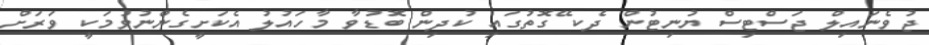
ޖުވެނައިލް ޖަސްޓިސް ޔުނިޓުން ދެކ ޭގޮތުގައި ކުދިން ބޮޑުވާ މާހައުލު އެކަށީގެންނުވުމަކީ ވަރަށް